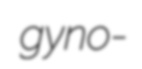
gyno-